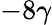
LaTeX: -8\gamma